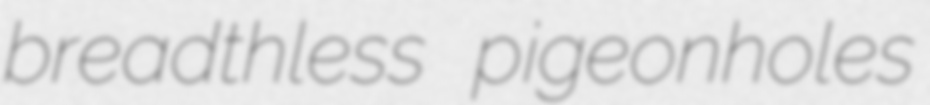
breadthless pigeonholes